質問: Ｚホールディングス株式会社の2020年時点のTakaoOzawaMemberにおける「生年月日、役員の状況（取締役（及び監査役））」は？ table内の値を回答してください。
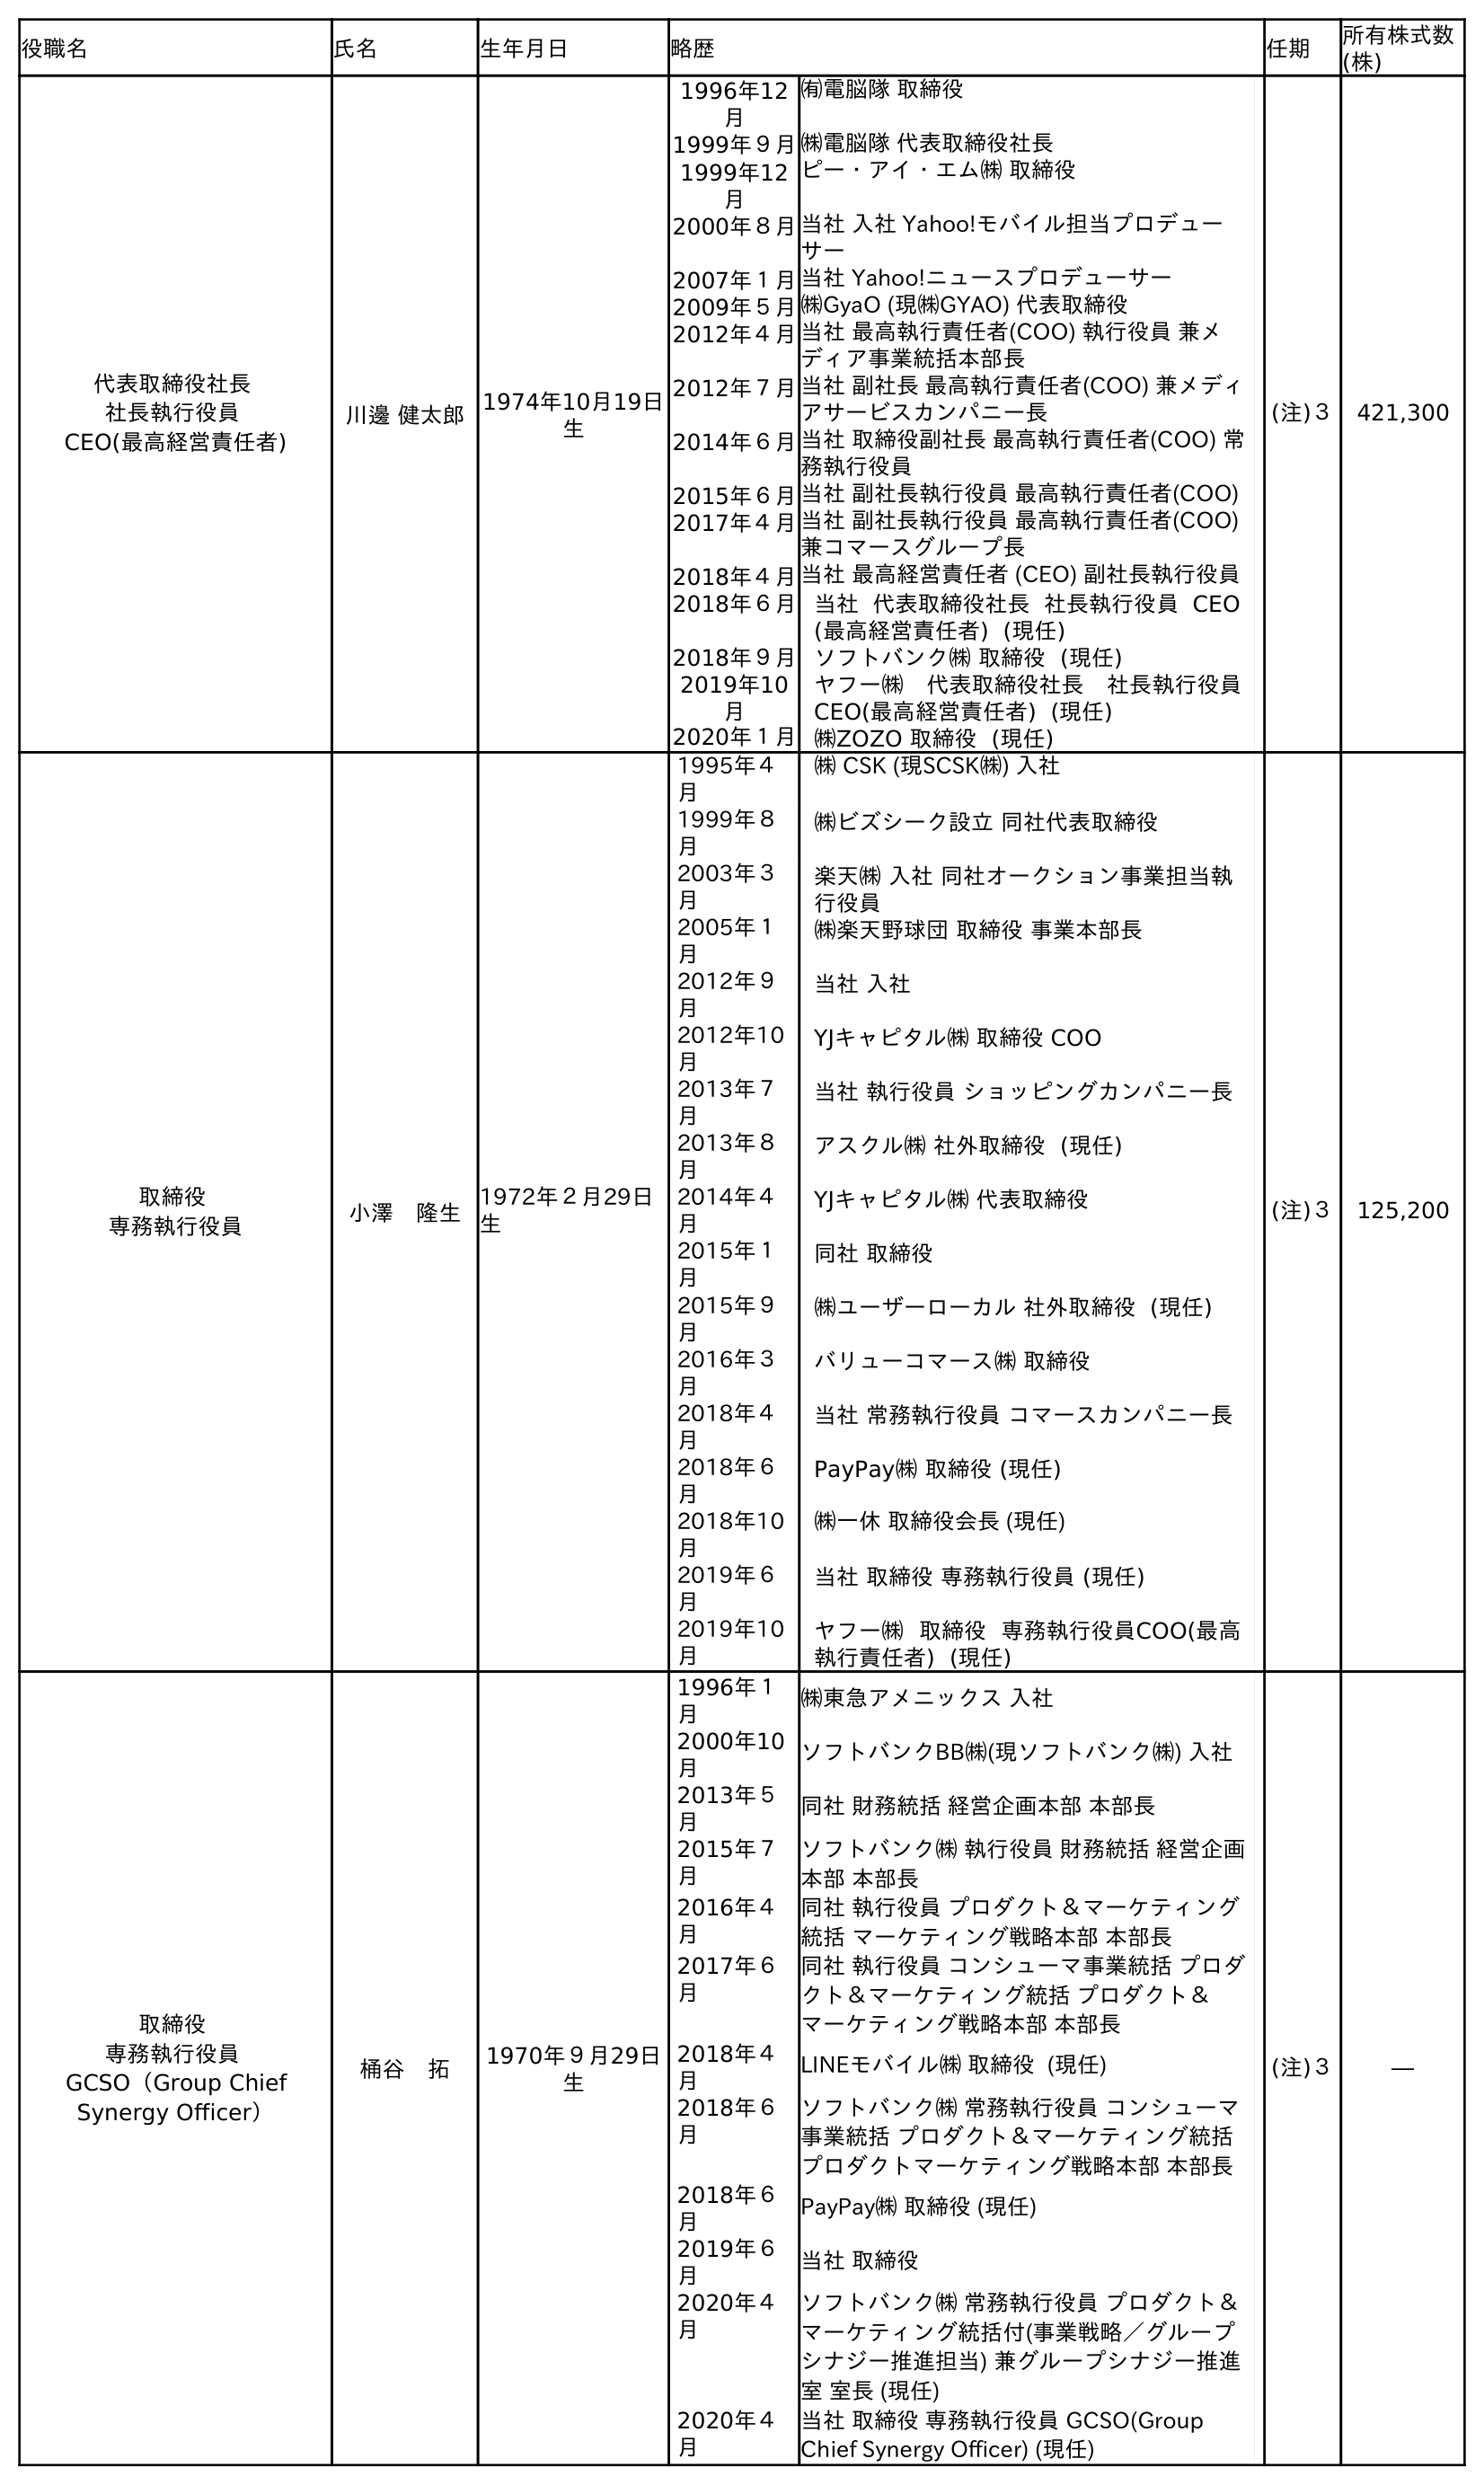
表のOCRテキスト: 役職名 氏名 生年月日 略歴 任期 所有株式数 (株) 代表取締役社長 社長執行役員 CEO(最高経営責任者) 川邊 健太郎1974年10月19日 生 1996年12 月 ㈲電脳隊 取締役 1999年９月㈱電脳隊 代表取締役社長 1999年12 月 ピー・アイ・エム㈱ 取締役 2000年８月当社 入社 Yahoo!モバイル担当プロデュー サー 2007年１月当社 Yahoo!ニュースプロデューサー 2009年５月㈱GyaO (現㈱GYAO) 代表取締役 2012年４月当社 最高執行責任者(COO) 執行役員 兼メ ディア事業統括本部長 2012年７月当社 副社長 最高執行責任者(COO) 兼メディ アサービスカンパニー長 2014年６月当社 取締役副社長 最高執行責任者(COO) 常 務執行役員 2015年６月当社 副社長執行役員 最高執行責任者(COO) 2017年４月当社 副社長執行役員 最高執行責任者(COO) 兼コマースグループ長 2018年４月当社 最高経営責任者 (CEO) 副社長執行役員 2018年６月当社 代表取締役社長 社長執行役員 CEO (最高経営責任者) (現任) 2018年９月ソフトバンク㈱ 取締役 (現任) 2019年10 月 ヤフー㈱ 代表取締役社長 社長執行役員 CEO(最高経営責任者) (現任) 2020年１月㈱ZOZO 取締役 (現任) (注)３ 421,300 取締役 専務執行役員 小澤 隆生 1972年２月29日 生 1995年４ 月 ㈱ CSK (現SCSK㈱) 入社 1999年８ 月 ㈱ビズシーク設立 同社代表取締役 2003年３ 月 楽天㈱ 入社 同社オークション事業担当執 行役員 2005年１ 月 ㈱楽天野球団 取締役 事業本部長 2012年９ 月 当社 入社 2012年10 月 YJキャピタル㈱ 取締役 COO 2013年７ 月 当社 執行役員 ショッピングカンパニー長 2013年８ 月 アスクル㈱ 社外取締役 (現任) 2014年４ 月 YJキャピタル㈱ 代表取締役 2015年１ 月 同社 取締役 2015年９ 月 ㈱ユーザーローカル 社外取締役 (現任) 2016年３ 月 バリューコマース㈱ 取締役 2018年４ 月 当社 常務執行役員 コマースカンパニー長 2018年６ 月 PayPay㈱ 取締役 (現任) 2018年10 月 ㈱一休 取締役会長 (現任) 2019年６ 月 当社 取締役 専務執行役員 (現任) 2019年10 月 ヤフー㈱ 取締役 専務執行役員COO(最高 執行責任者) (現任) (注)３ 125,200 取締役 専務執行役員 GCSO（Group Chief Synergy Officer） 桶谷 拓 1970年９月29日 生 1996年１ 月 ㈱東急アメニックス 入社 2000年10 月 ソフトバンクBB㈱(現ソフトバンク㈱) 入社 2013年５ 月 同社 財務統括 経営企画本部 本部長 2015年７ 月 ソフトバンク㈱ 執行役員 財務統括 経営企画 本部 本部長 2016年４ 月 同社 執行役員 プロダクト＆マーケティング 統括 マーケティング戦略本部 本部長 2017年６ 月 同社 執行役員 コンシューマ事業統括 プロダ クト＆マーケティング統括 プロダクト＆ マーケティング戦略本部 本部長 2018年４ 月 LINEモバイル㈱ 取締役 (現任) 2018年６ 月 ソフトバンク㈱ 常務執行役員 コンシューマ 事業統括 プロダクト＆マーケティング統括 プロダクトマーケティング戦略本部 本部長 2018年６ 月 PayPay㈱ 取締役 (現任) 2019年６ 月 当社 取締役 2020年４ 月 ソフトバンク㈱ 常務執行役員 プロダクト＆ マーケティング統括付(事業戦略／グループ シナジー推進担当) 兼グループシナジー推進 室 室長 (現任) 2020年４ 月 当社 取締役 専務執行役員 GCSO(Group Chief Synergy Officer) (現任) (注)３ ―
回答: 1972年２月29日生